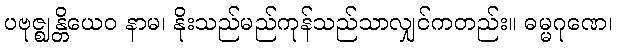
ပဗုဇ္ဈန္တိယေဝ နာမ၊ နိုးသည်မည်ကုန်သည်သာလျှင်ကတည်း။ ဓမ္မဂုဏေ၊